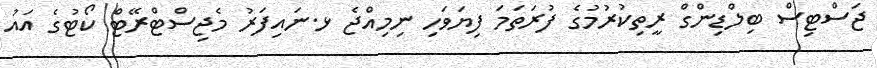
ޖަސްޓިސް ބިލްޑިންގް ރީތިކުރުމުގެ ފުރަތަމަ ފިޔަވަހި ނިމިއްޖެ ޅ.ނައިފަރު މެޖިސްޓްރޭޓް ކޯޓުގެ އައު